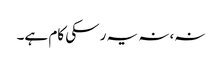
نہ،نہ یہ رسکی کام ہے۔